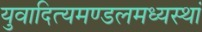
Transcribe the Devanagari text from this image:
युवादित्यमण्डलमध्यस्थां